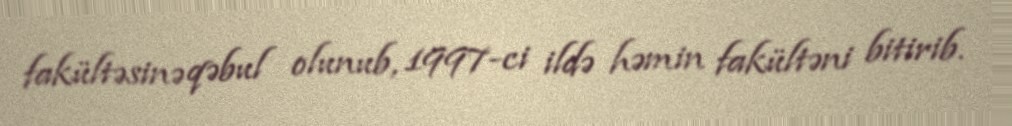
fakültəsinə qəbul olunub, 1997-ci ildə həmin fakültəni bitirib.